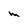
Character: m